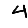
Digit: 4